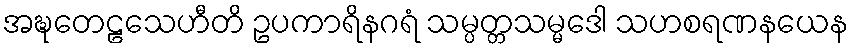
အဍ္ဎတေဠသေဟီတိ ဥပကာရိနဂရံ သမ္ပတ္တသမ္မဒေါ သဟစရဏနယေန